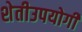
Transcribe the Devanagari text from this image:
शेतीउपयोगी